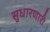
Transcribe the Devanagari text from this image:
सुधारणारी